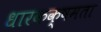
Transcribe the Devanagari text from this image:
धारकक्षमता